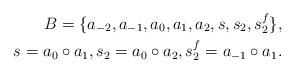
LaTeX: \begin{align*} B = \{ a_{-2},a_{-1},a_0,a_1,a_2,s,s_2,s_2^f \}, \\ s = a_0\circ a_1, s_2 = a_0\circ a_2, s_2^f = a_{-1}\circ a_1. \end{align*}